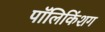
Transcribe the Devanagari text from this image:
पॉलिकिंशग